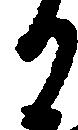
か